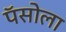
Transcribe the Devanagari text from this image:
पॅसोला